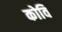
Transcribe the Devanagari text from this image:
कोवि